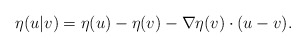
\begin{align*}\eta(u|v)=\eta(u)-\eta(v) -\nabla\eta(v)\cdot(u-v).\end{align*}